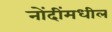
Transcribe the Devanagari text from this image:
नोंदींमधील